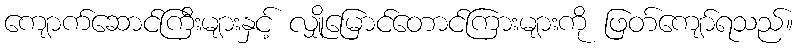
ကျောက်ဆောင်ကြီးများနှင့် လျှိုမြောင်တောင်ကြားများကို ဖြတ်ကျော်ရသည်။